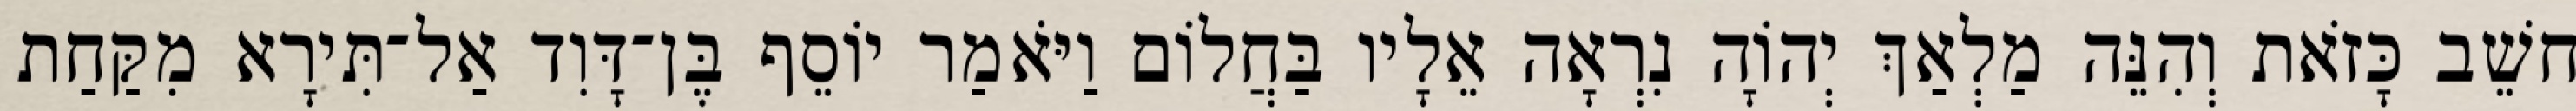
חשֵׁב כָּזֹאת וְהִנֵּה מַלְאַךְ יְהוָֹה נִרְאָה אֵלָיו בַּחֲלוֹם וַיֹּאמַר יוֹסֵף בֶּן־דָּוִד אַל־תִּירָא מִקַּחַת